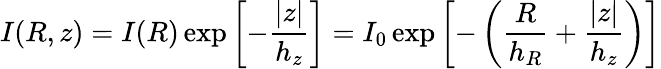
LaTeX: I(R,z)=I(R)\exp\left[-{\frac{\vert z\vert}{h_{z}}}\right]=I_{0}\exp\left[-\left({\frac{R}{h_{R}}}+{\frac{\vert z\vert}{h_{z}}}\right)\right]